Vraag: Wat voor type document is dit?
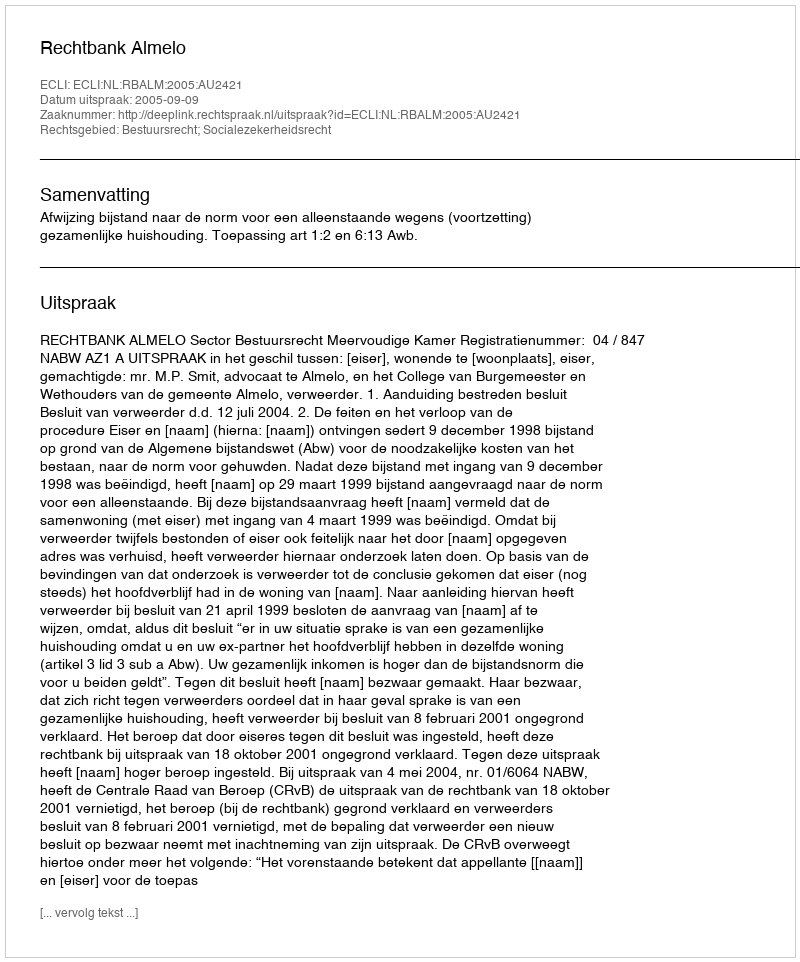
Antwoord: Uitspraak